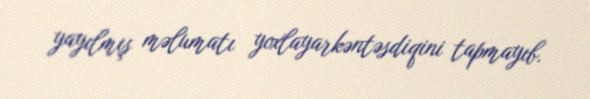
yayılmış məlumatı yoxlayarkəntəsdiqini tapmayıb.